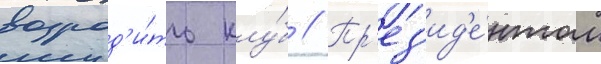
возрод'и́ть клу́б // Пр'ез'ид'е́нтом